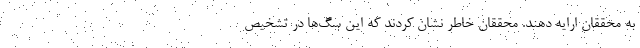
به محققان ارایه دهند. محققان خاطر نشان کردند که این سگ‌ها در تشخیص